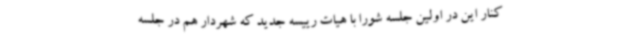
کنار این در اولین جلسه شورا با هیات رییسه جدید که شهردار هم در جلسه